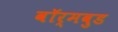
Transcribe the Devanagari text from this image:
वॉर्मवुड